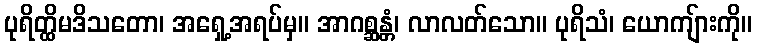
ပုရိတ္ထိမဒိသတော၊ အရှေ့အရပ်မှ။ အာဂစ္ဆန္တံ၊ လာလတ်သော။ ပုရိသံ၊ ယောကျ်ားကို။